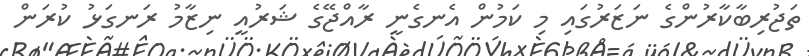
ތަޖުރިބާކާރުންގެ ނަޒަރުގައި މި ކަމުން އެނގެނީ ރާއްޖޭގެ ޝަރުއީ ނިޒާމު ރަނގަޅު ކުރަން